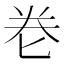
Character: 𭅑